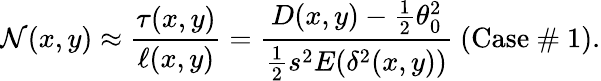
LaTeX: \mathcal{N}(x,y)\approx\frac{\tau(x,y)}{\ell(x,y)}=\frac{D(x,y)-\frac{1}{2}\theta_{0}^{2}}{\frac{1}{2}s^{2}E(\delta^{2}(x,y))}~\textrm{(Case~\# 1)}.